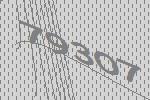
79307